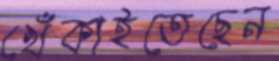
খেঁকাইতেছেন